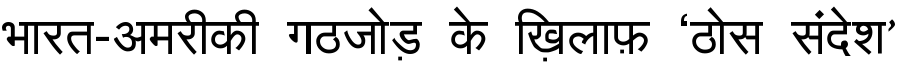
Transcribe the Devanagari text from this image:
भारत-अमरीकी गठजोड़ के ख़िलाफ़ ‘ठोस संदेश’